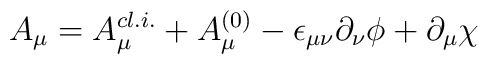
A_\mu = A_{\mu}^{cl.i.} + A_{\mu}^{(0)} - \epsilon_{\mu\nu}\partial_\nu \phi+ \partial_\mu \chi